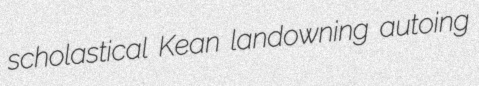
scholastical Kean landowning autoing